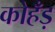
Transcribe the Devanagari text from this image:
कोहँड़